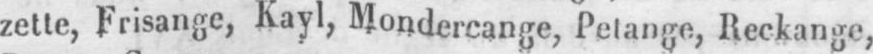
zette, Frisange, Kayl, Mondercange, Pelange, Reckange,